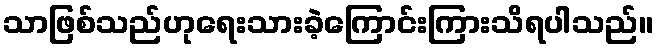
သာဖြစ်သည်ဟုရေးသားခဲ့ကြောင်းကြားသိရပါသည်။